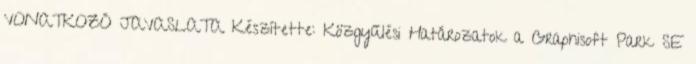
VONATKOZÓ JAVASLATA Készítette: Közgyűlési Határozatok a Graphisoft Park SE